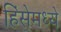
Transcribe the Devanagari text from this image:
हिंसेमध्ये